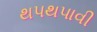
થપથપાવી